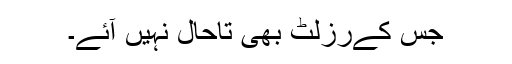
جس کےرزلٹ بھی تاحال نہیں آئے۔